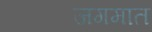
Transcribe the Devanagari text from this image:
जगमात